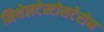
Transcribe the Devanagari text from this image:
मिथेलटेस्टोसटेरोन